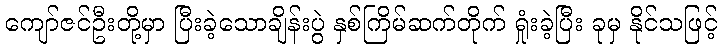
ကျော်ဇင်ဦးတို့မှာ ပြီးခဲ့သောချိန်းပွဲ နှစ်ကြိမ်ဆက်တိုက် ရှုံးခဲ့ပြီး ခုမှ နိုင်သဖြင့်